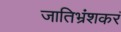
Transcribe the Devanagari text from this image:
जातिभ्रंशकरं